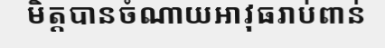
មិត្តបានចំណាយអាវុធរាប់ពាន់